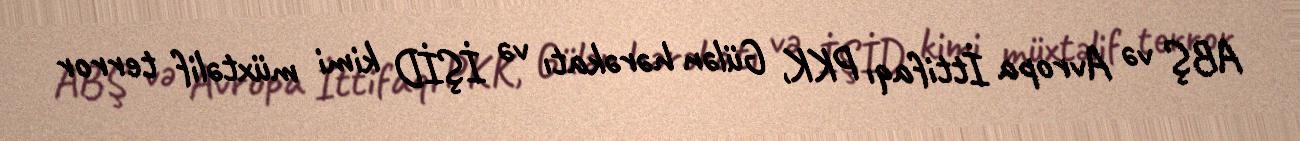
ABŞ və Avropa İttifaqı PKK, Gülən hərəkatı və İŞİD kimi müxtəlif terror